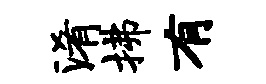
淆拂有